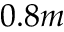
0 . 8 m